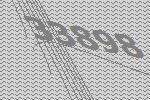
33898